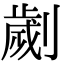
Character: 劌